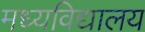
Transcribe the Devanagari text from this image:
मध्यविद्यालय